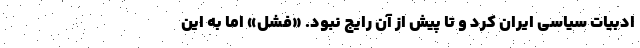
ادبیات سیاسی ایران کرد و تا پیش از آن رایج نبود. «فشل» اما به این